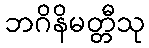
ဘဂိနိမတ္တီသု